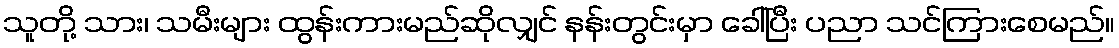
သူတို့ သား၊ သမီးများ ထွန်းကားမည်ဆိုလျှင် နန်းတွင်းမှာ ခေါ်ပြီး ပညာ သင်ကြားစေမည်။